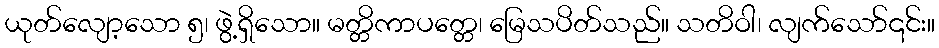
ယုတ်လျော့သော ၅၊ ဖွဲ့ရှိသော။ မတ္တိကာပတ္တေ၊ မြေသပိတ်သည်။ သတိဝါ၊ လျက်သော်၎င်း။